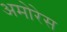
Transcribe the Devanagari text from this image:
अमोरेस